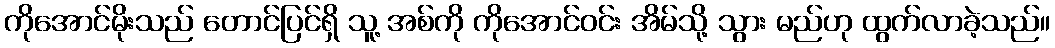
ကိုအောင်မိုးသည် တောင်ပြင်ရှိ သူ့ အစ်ကို ကိုအောင်ဝင်း အိမ်သို့ သွား မည်ဟု ထွက်လာခဲ့သည်။